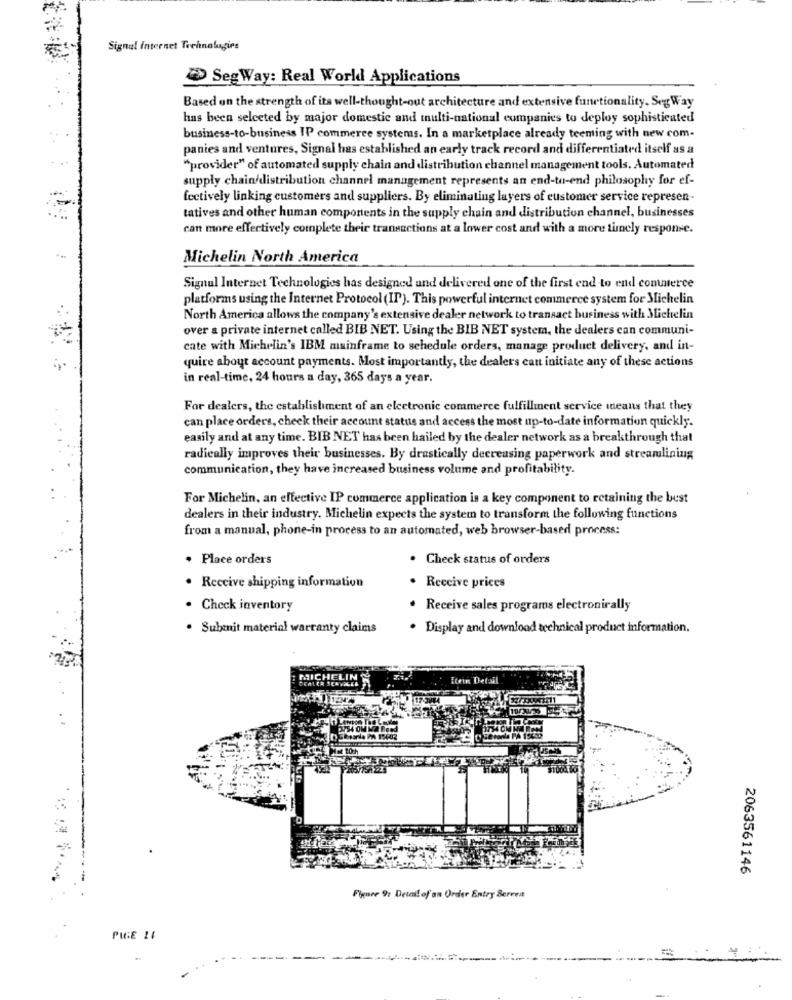
Signal Internet Technologies
> SegWay: Real World Applications
Based on the strength of its well-thought-out architecture and extensive functionality. Seg Way
has been selected by major domestic and multi-national companies to deploy sophisticated
business-to-business IP commerce systems. In a marketplace already teeming with new com-
panies and ventures, Signal has established an early track record and differentiated itself as a
"provider" of automated supply chain and distribution channel management tools. Automated
supply chain/distribution channel management represents an end-to-end philosophy for ef-
fectively linking customers and suppliers. By eliminating layers of customer service represen-
tatives and other human components in the supply chain and distribution channel, businesses
can more effectively complete their transactions at a lower cost and with a more tunely response.
Michelin North America
Signal Internet Technologies has designed and delivered one of the first end to end commerce
platforms using the Internet Protocol (IP). This powerful internet commerce system for Michelin
North America allows the company's extensive dealer network to transact business with Michelin
over a private internet called BIB NET. Using the BIB NET system, the dealers can communi-
cate with Michelin's IBM mainframe to schedule orders, manage product delivery, and in-
quire about account payments. Most importantly, the dealers can initiate any of these actions
in real-time, 24 hours a day, 365 days a year.
For dealers, the establishment of an electronic commerce fulfillment service means that they
can place orders, check their account status and access the most up-to-date information quickly.
easily and at any time. BIB NET has been hailed by the dealer network as a breakthrough that
radically improves their businesses. By drastically decreasing paperwork and streamlining
communication, they have increased business volume and profitability.
For Michelin, an effective IP commerce application is a key component to retaining the best
dealers in their industry. Michelin expects the system to transform the following functions
from a manual, phone-in process to an automated, web browser-based process:
· Place orders
. Check status of orders
. Receive shipping information
. Receive prices
· Check inventory
· Receive sales programs electronically
. Subenit material warranty claims
. Display and download technical product information.
Klein Detail
..
2063561146
Figure 9: Detail of an Order Entry Serrea
PIGE 11